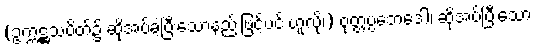
(ဥက္ကဋ္ဌသပိတ်၌ ဆိုအပ်ခဲ့ပြီးသောနည်းဖြင့်ပင် ဟူလို၊) ဝုတ္တပ္ပဘေဒေါ၊ ဆိုအပ်ပြီးသော